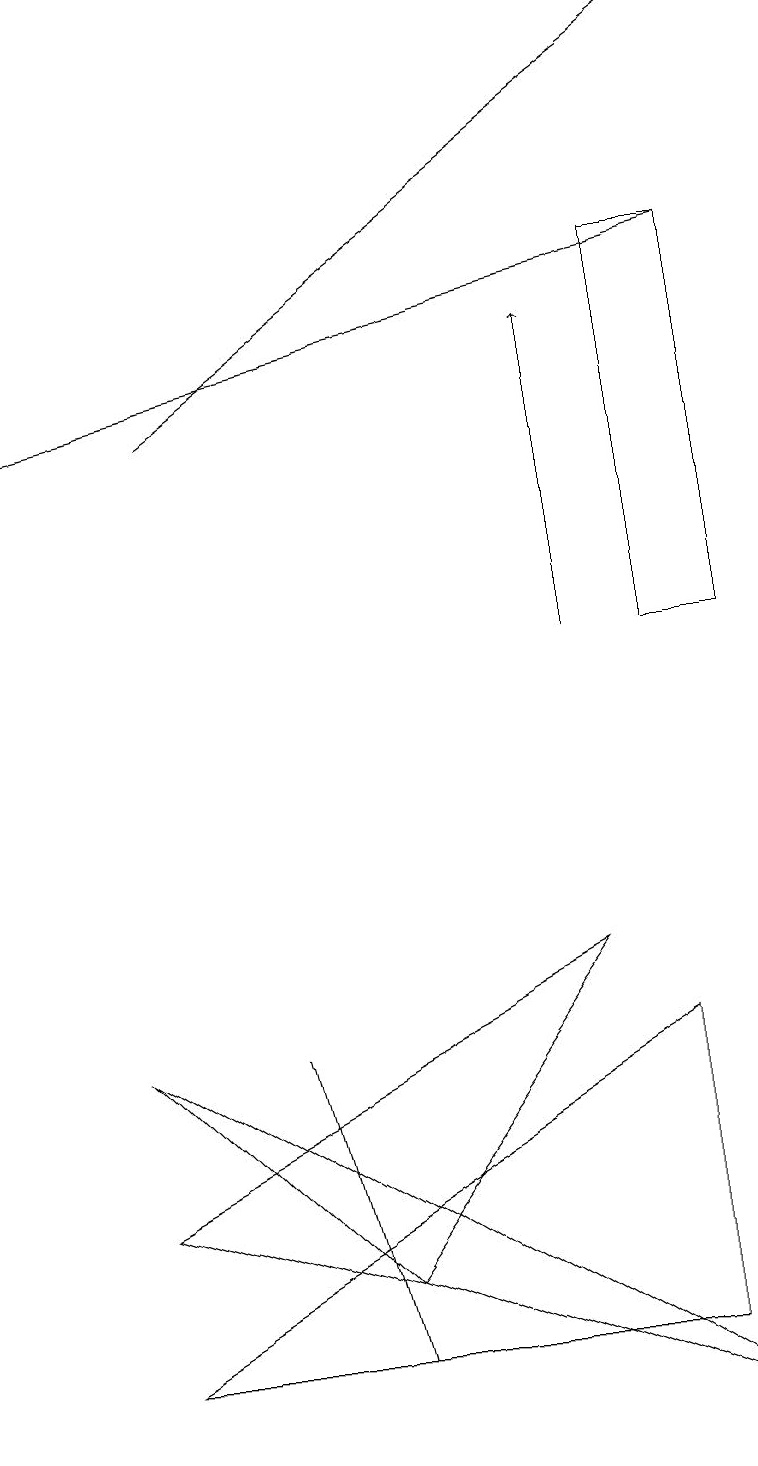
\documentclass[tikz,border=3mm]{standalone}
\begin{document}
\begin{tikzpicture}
\draw (4,3) -- (7,7) -- (1,4) -- cycle;
\draw[->] (7,11) -- (7,15);
\draw (4,2) -- (4,2) -- (3,6) -- cycle;
\draw (9,1) -- (1,6) -- (4,3) -- cycle;
\draw[->] (2,14) -- (9,19);
\draw (9,16) rectangle (8,11);
\draw[->] (9,16) -- (0,14);
\draw (1,2) -- (8,6) -- (8,2) -- cycle;
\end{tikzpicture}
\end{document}